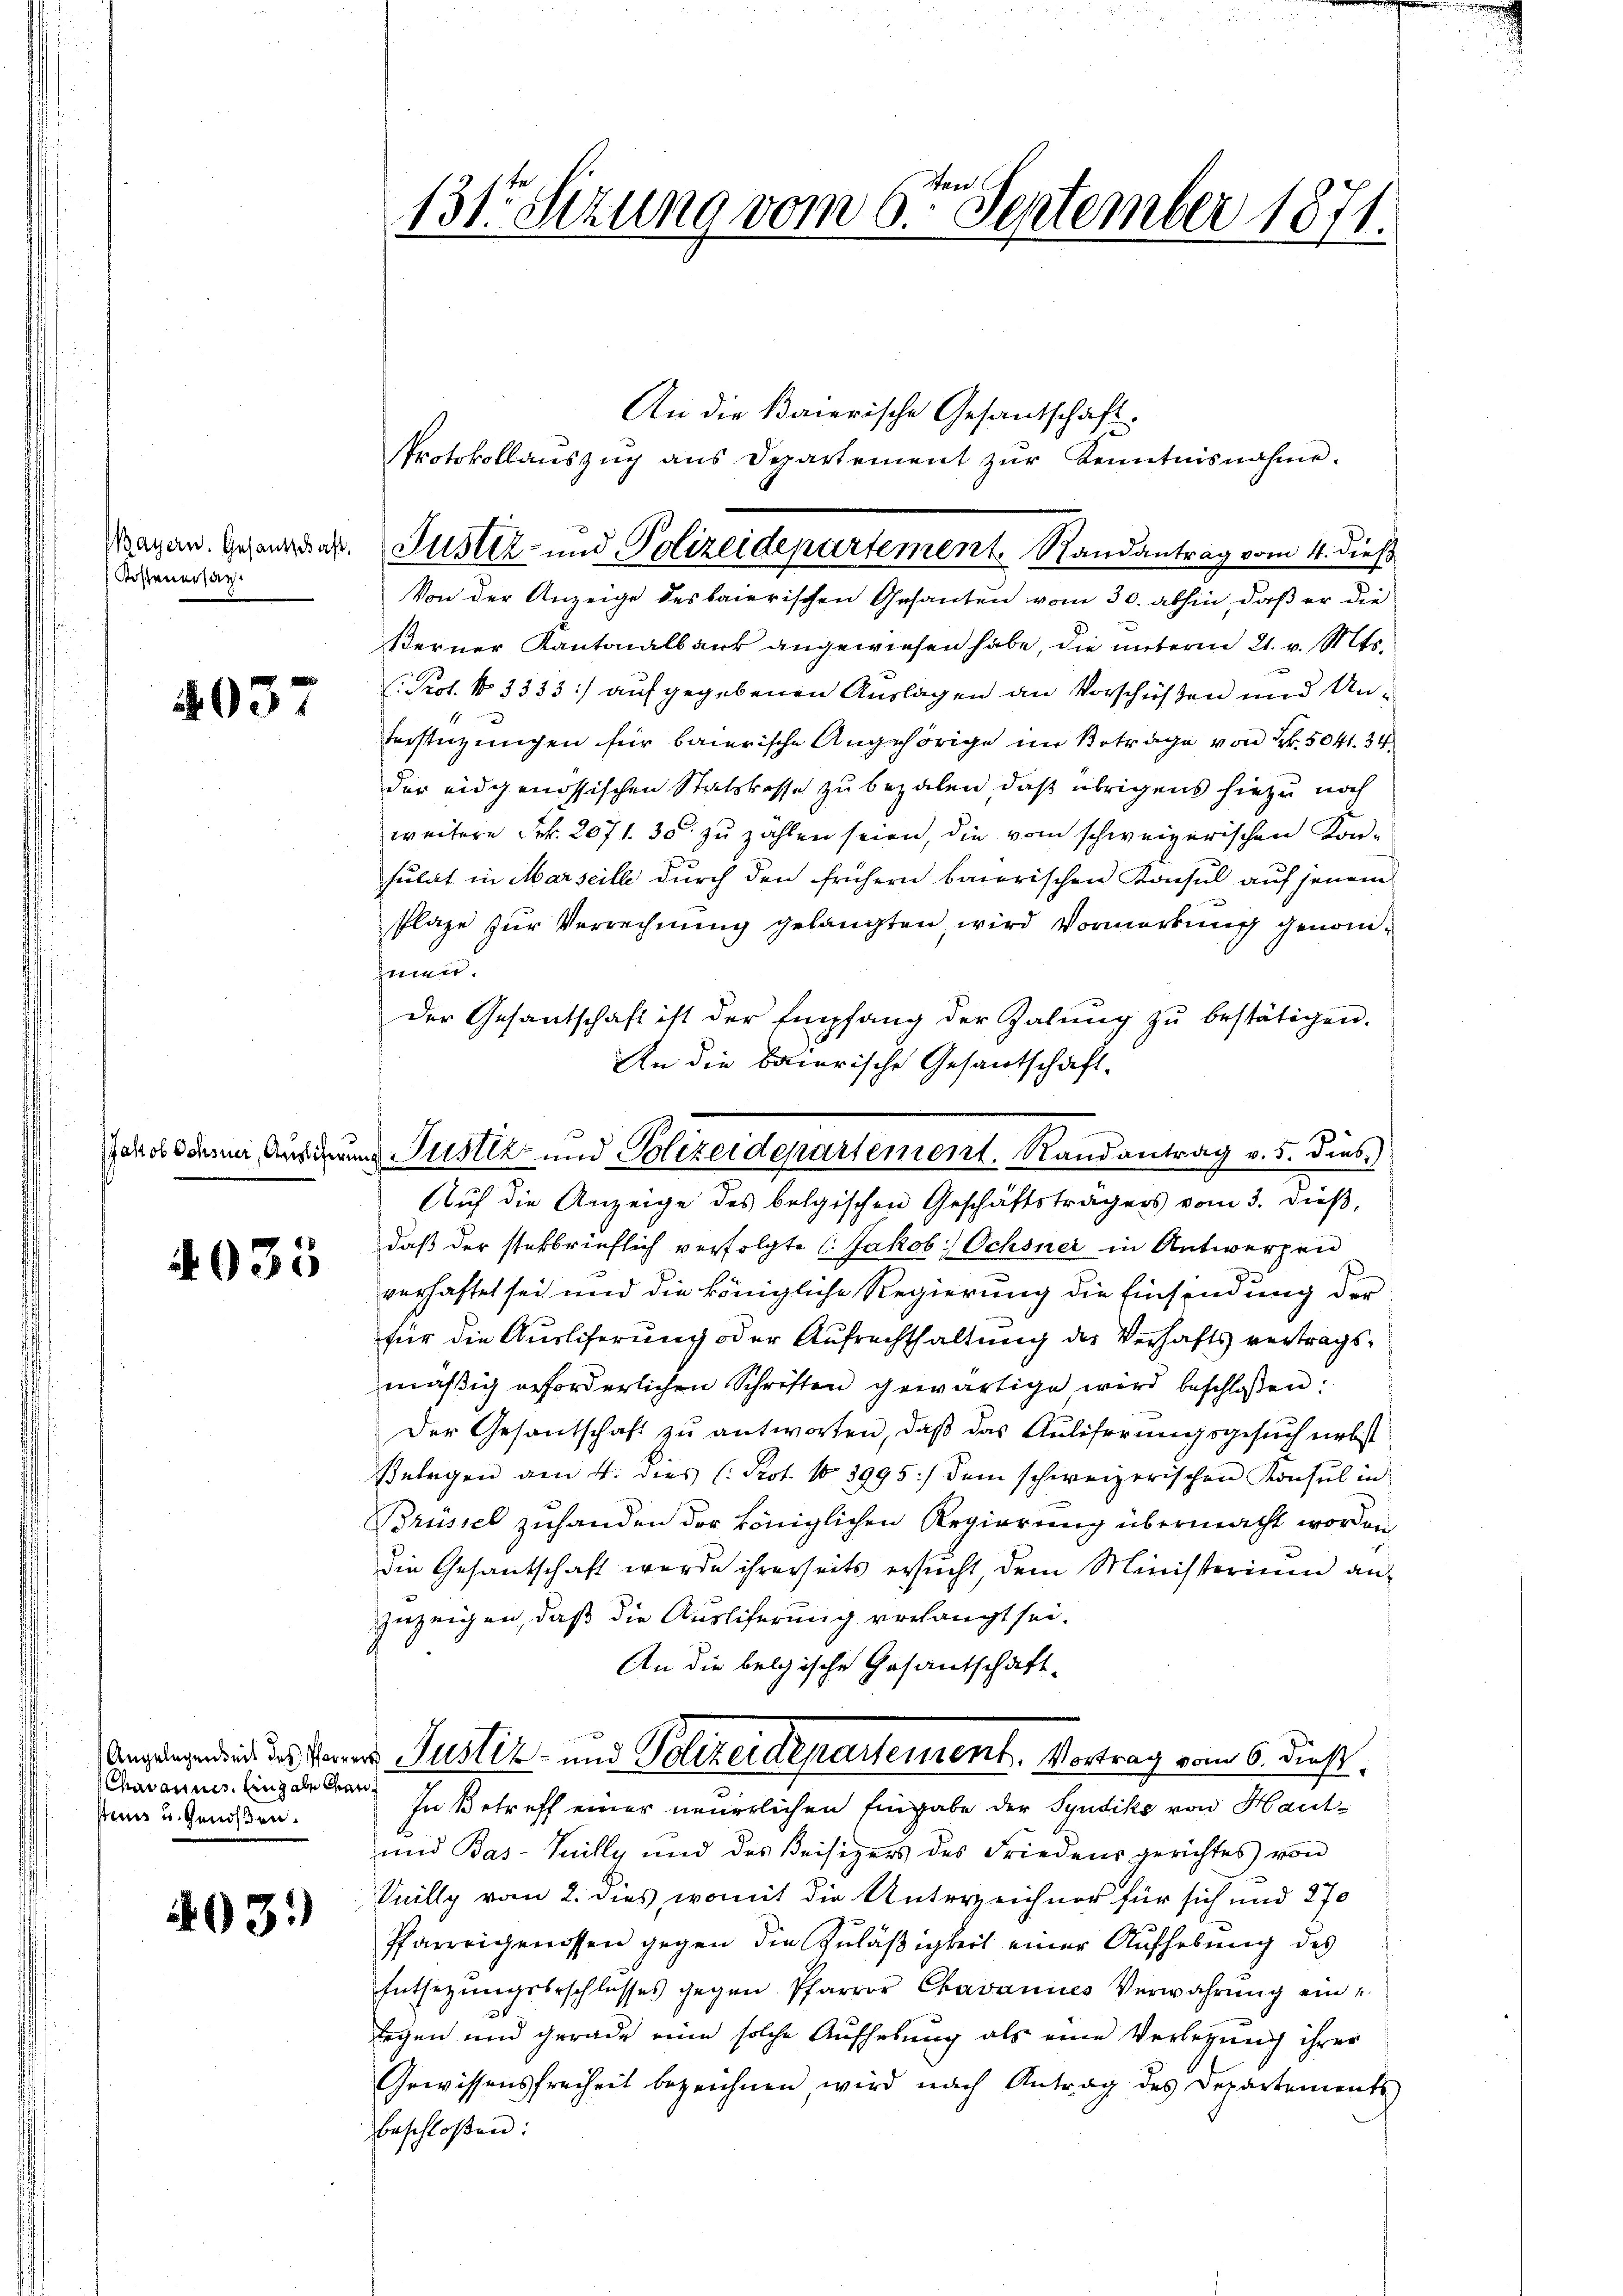
Bayern. Gesandschaft.
Kostenersag

4037

4035

Angelegenseit des Pfarrer
Chmannes, Eingabe dan
steine u. Genoßen.

4031)

131. Sizung vom 6ten September 1871.

An die Baierische Gesandschaft.
Protokollanszŭg ans Departement zŭr Kenntnisnahme.
Von der Anzeige des baierischen Gesanten vom 30. abhin, daß er die
Kerner Kantonalbank angewiesen habe, die unterm 21. v. Mts.
Prot. N. 3333) aufgegebenen Auslagen an Vorschüßen und Un¬
Verstüzungen für baierische Angehörige im Betrage von Fr. 5041. 34
der eidgenössischen Statskasse zu bezalen, daß übrigens hiezu noch
weitere Frk. 2071. 30. zu zählen seien, die vom schweizerischen Konsulat in Marseille durch den frühern baierischen Konsul auf jenem
Plage zur Verrechnung gelangten, wird Vormerkung genomhenen.
der Gesantschaft ist der Empfang der Zalŭng zŭ bestätigen.
An die baierische Gesantschaft-
Auf die Anzeige des belgischen Geschäftsträgers vom 3. dieß,
daß der steckbrieflich verfolgte (Jakob Ochsner in Antwerpen
verhaftet sei und die königliche Regierung die Einsindung der
für die Ausliserung oder Aufrechthaltung des Verhaftsvertragsmäßig erforderlichen Schriften gewärtige wird beschlossen:
Der Gesantschaft zu antworten, daß das Auliferungsgesuch nebst
Belegen am 4. dies (Kot. No 3995 :/ dem schweizerischen Konsul in
Brüssel zuhanden der königlichen Regierung übermacht worden
die Gesantschaft wurde ihrerseits ersucht, dem Ministerium anzuzeigen, daß die Ausliferung verlangt sei.
An die belgische Gesandschaft-
Justiz- und Polizeidepartement. Vortrag vom 6. dieß.
In Betreff einer neuerlichen Eingabe der Syndike von Haut¬
und Bas-Tuilly und des Beisizers des Friedens gerichtes von
Vuilly vom 2. dies, womit die Unterzeichner für sich und 270
Pfarreigenossen gegen die Zuläßigkeit einer Aufhebung des
Entsezŭngsbeschlusses gegen Pfarrer Chavannes Verwahrŭng einlegen und gerade eine solche Aufhebung als eine Verlegung ihrer
Gewissensfreiheit bezeichnen, wird nach Antrag des Departements
beschloßen:

Suster- und Polizeidepartement Randantrag vom 4. dieß

Jakob Scheine Aus den Justiz und Polizeidepartement. Randantrag v. 5. dies